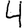
Digit: 4